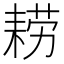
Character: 耢